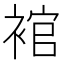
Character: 䘾